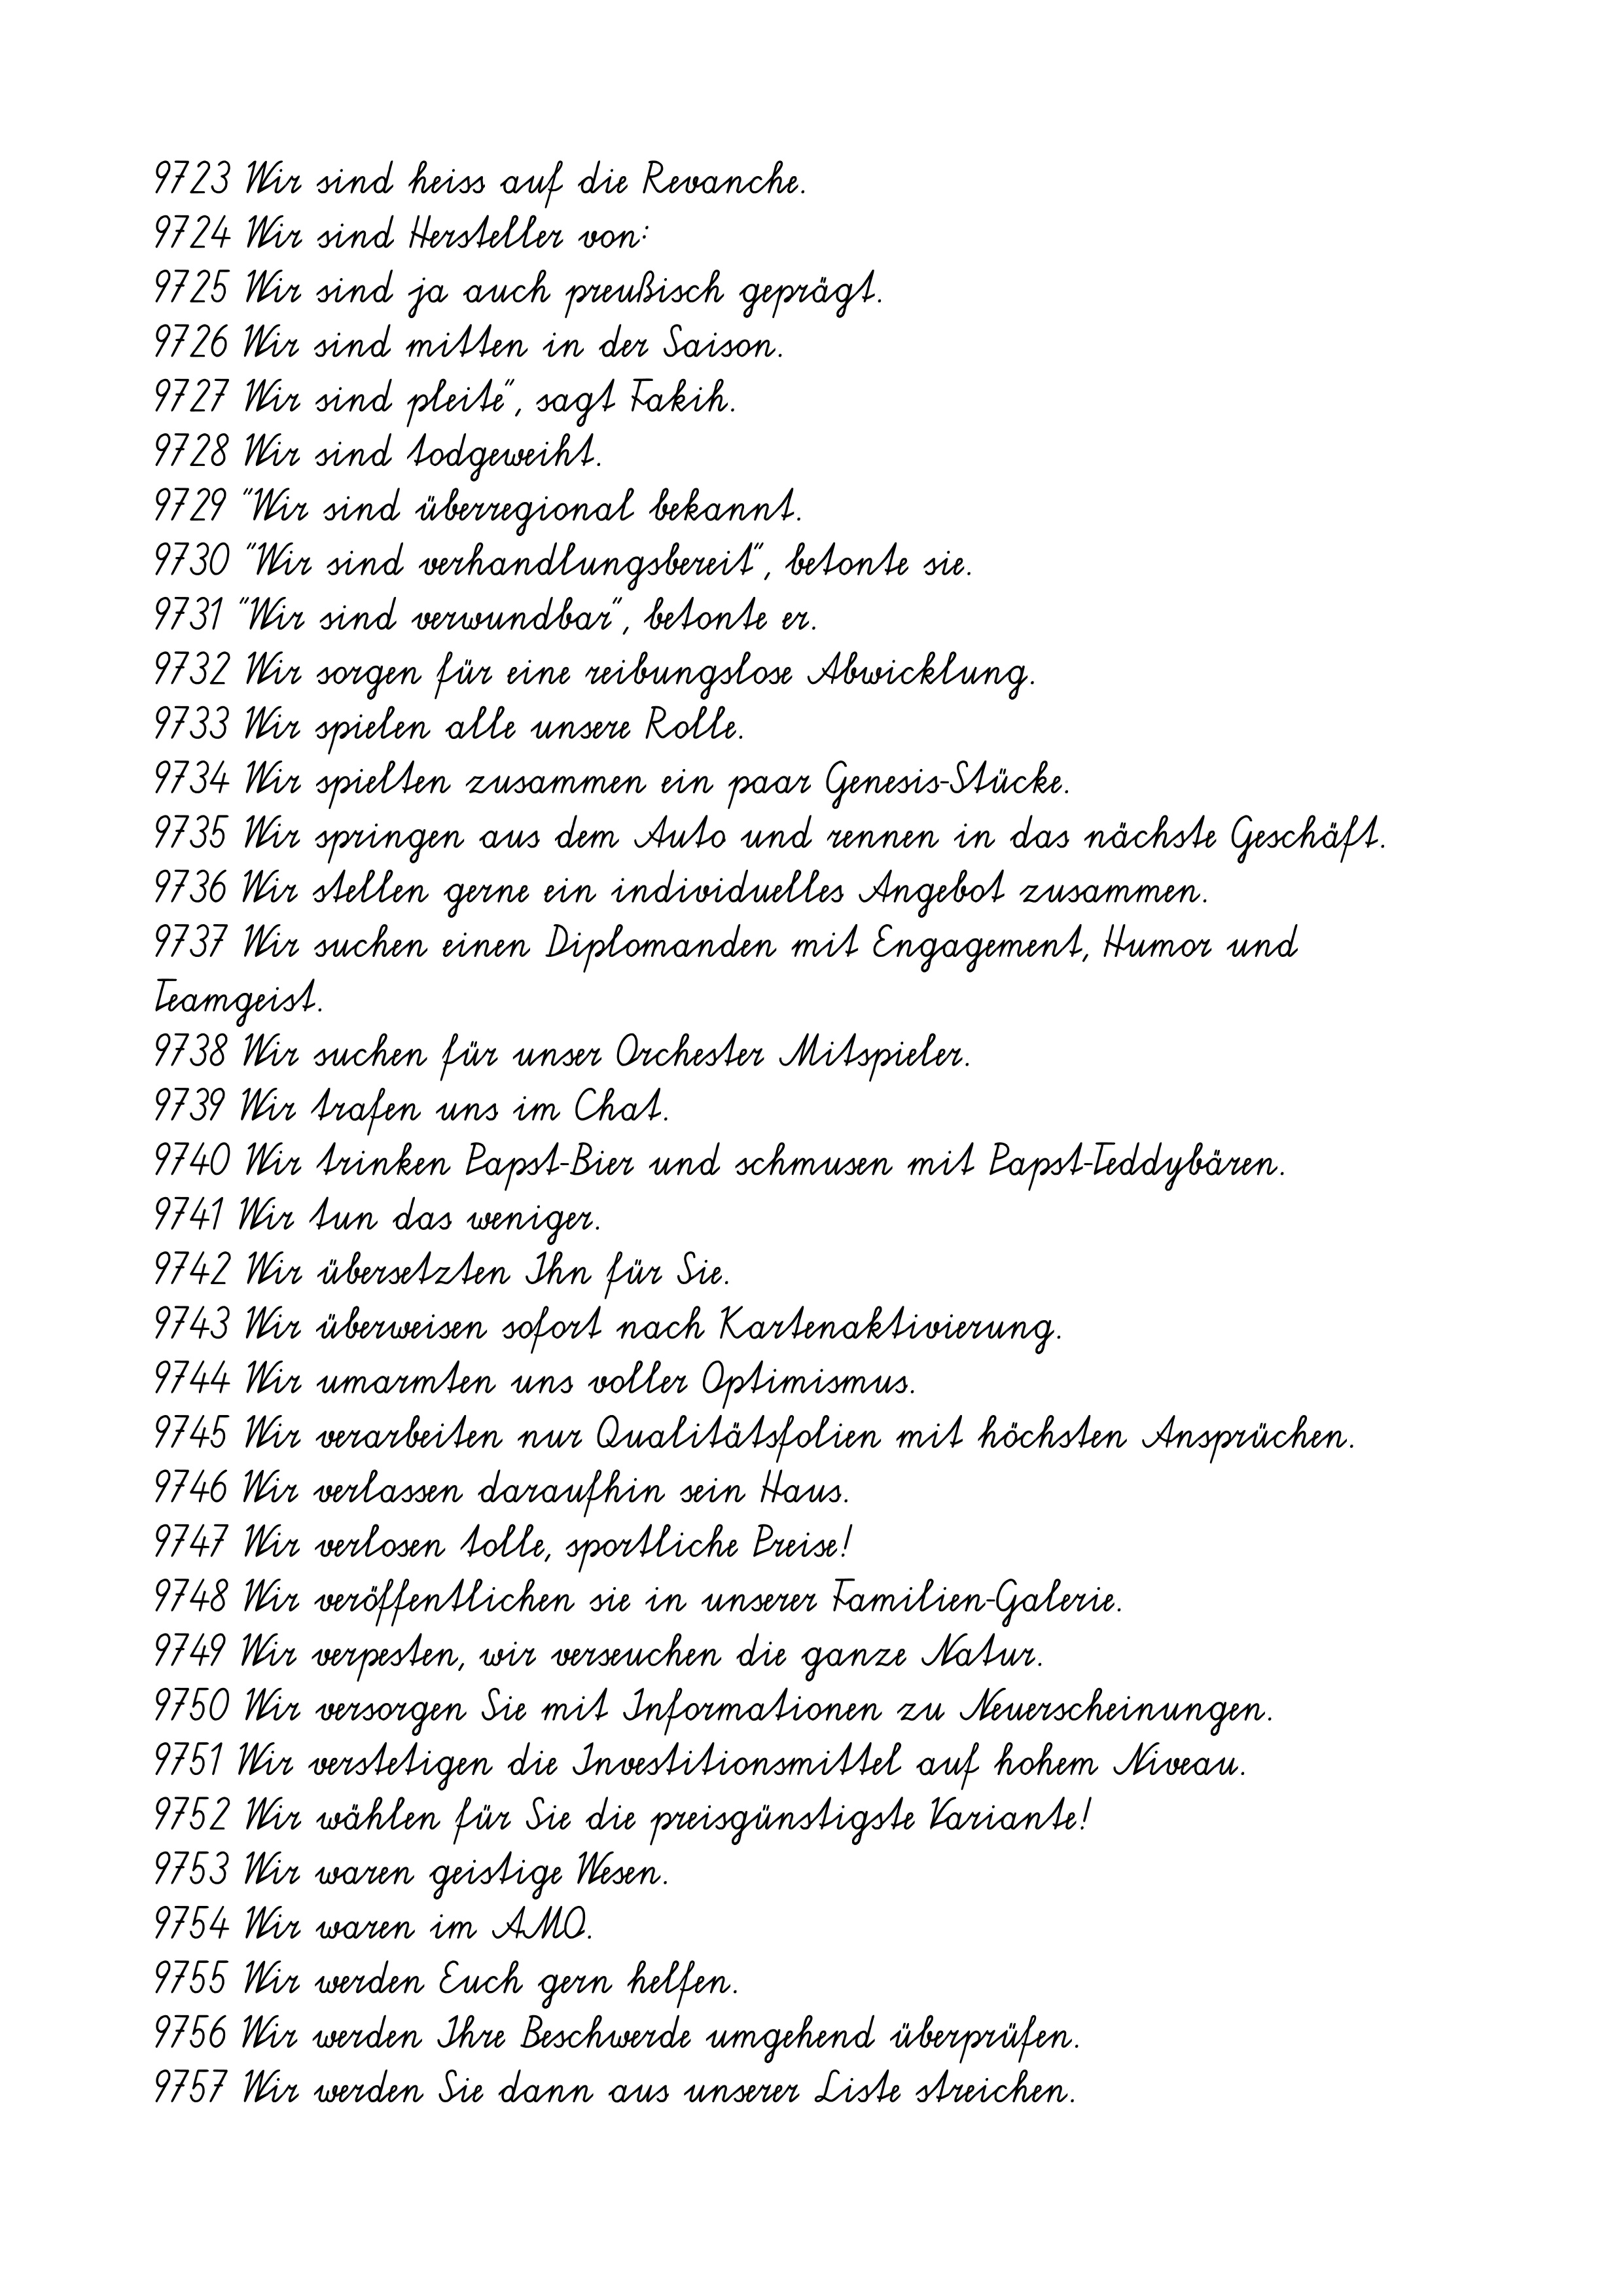
9723 Wir sind heiss auf die Revanche.
9724 Wir sind Hersteller von:
9725 Wir sind ja auch preußisch geprägt.
9726 Wir sind mitten in der Saison.
9727 Wir sind pleite", sagt Fakih.
9728 Wir sind todgeweiht.
9729 "Wir sind überregional bekannt.
9730 "Wir sind verhandlungsbereit", betonte sie.
9731 "Wir sind verwundbar", betonte er.
9732 Wir sorgen für eine reibungslose Abwicklung.
9733 Wir spielen alle unsere Rolle.
9734 Wir spielten zusammen ein paar Genesis-Stücke.
9735 Wir springen aus dem Auto und rennen in das nächste Geschäft.
9736 Wir stellen gerne ein individuelles Angebot zusammen.
9737 Wir suchen einen Diplomanden mit Engagement, Humor und
Teamgeist.
9738 Wir suchen für unser Orchester Mitspieler.
9739 Wir trafen uns im Chat.
9740 Wir trinken Papst-Bier und schmusen mit Papst-Teddybären.
9741 Wir tun das weniger.
9742 Wir übersetzten Ihn für Sie.
9743 Wir überweisen sofort nach Kartenaktivierung.
9744 Wir umarmten uns voller Optimismus.
9745 Wir verarbeiten nur Qualitätsfolien mit höchsten Ansprüchen.
9746 Wir verlassen daraufhin sein Haus.
9747 Wir verlosen tolle, sportliche Preise!
9748 Wir veröffentlichen sie in unserer Familien-Galerie.
9749 Wir verpesten, wir verseuchen die ganze Natur.
9750 Wir versorgen Sie mit Informationen zu Neuerscheinungen.
9751 Wir verstetigen die Investitionsmittel auf hohem Niveau.
9752 Wir wählen für Sie die preisgünstigste Variante!
9753 Wir waren geistige Wesen.
9754 Wir waren im AMO.
9755 Wir werden Euch gern helfen.
9756 Wir werden Ihre Beschwerde umgehend überprüfen.
9757 Wir werden Sie dann aus unserer Liste streichen.